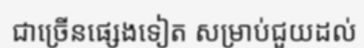
ជាច្រើនផ្សេងទៀត សម្រាប់ជួយដល់